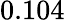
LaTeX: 0.104